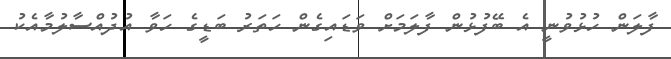
ފާލަން ހުޅުވުނީ އެ ބޭފުޅުން ފާލަމަށް ވަޑައިގެން ހަތަރު ބަޑީގެ ހަވާ އުދުއްސާލުމާއެކު